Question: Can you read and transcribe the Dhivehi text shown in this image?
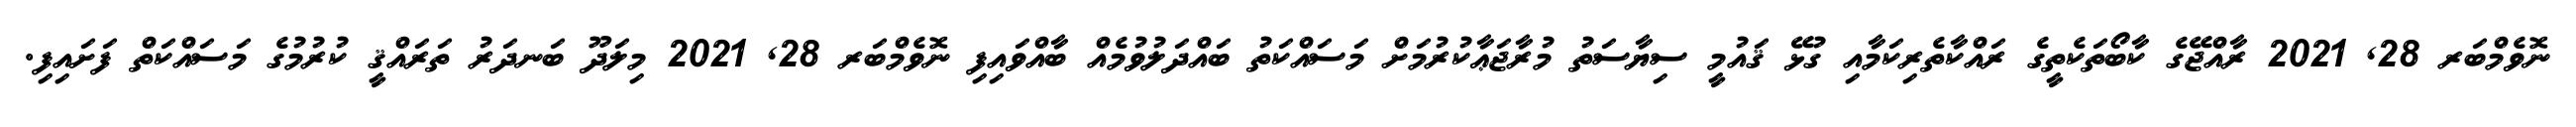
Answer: ނޮވެމްބަރ 28, 2021 ރާއްޖޭގެ ކާބޯތަކެތީގެ ރައްކާތެރިކަމާއި ގުޅޭ ޤައުމީ ސިޔާސަތު މުރާޖަޢާކުރުމަށް މަސައްކަތު ބައްދަލުވުމެއް ބާއްވައިފި ނޮވެމްބަރ 28, 2021 މިލަދޫ ބަނދަރު ތަރައްޤީ ކުރުމުގެ މަސައްކަތް ފަށައިފި.